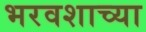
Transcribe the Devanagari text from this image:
भरवशाच्या